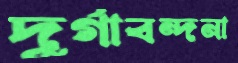
দুর্গাবন্দনা